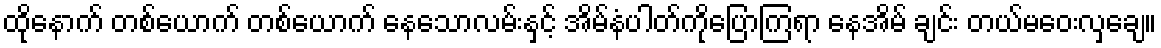
ထိုနောက် တစ်ယောက် တစ်ယောက် နေသောလမ်းနှင့် အိမ်နံပါတ်ကိုပြောကြရာ နေအိမ် ချင်း တယ်မဝေးလှချေ။